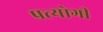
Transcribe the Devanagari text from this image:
प्रत्योगी